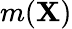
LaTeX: m(\textbf{X})